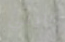
مايلي